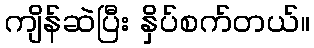
ကျိန်ဆဲပြီး နှိပ်စက်တယ်။